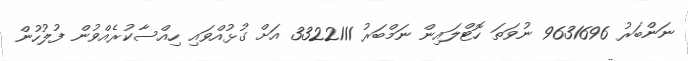
ނަންބަރު 9631696 ނުވަތަ ހޮޓްލައިން ނަމްބަރު 3322111 އަށް ގުޅުއްވައި ހިއްސާކުރެއްވުން ފުލުހުން